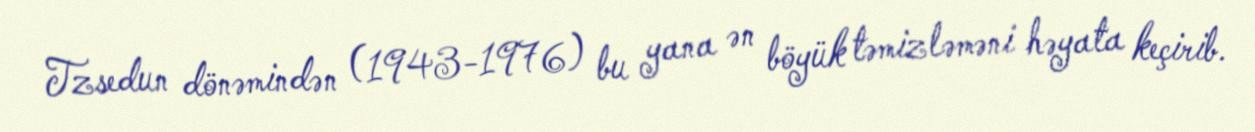
Tzsedun dönəmindən (1943-1976) bu yana ən böyük təmizləməni həyata keçirib.